Annual report of the Punjab Veterinary College and of the Civil Veterinary Department, Punjab - 1926-1932
Year: 1926
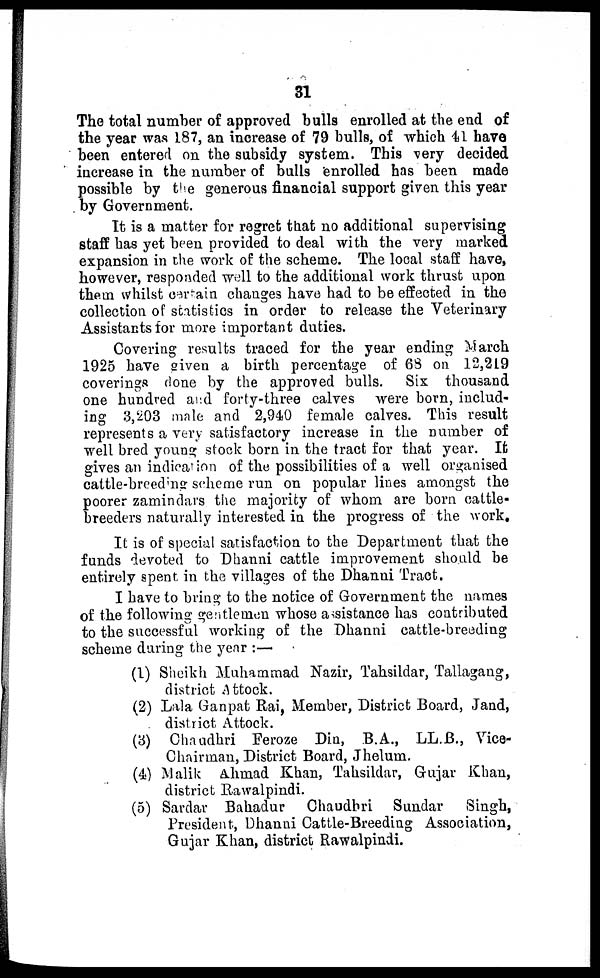
31
The total number of approved bulls enrolled at the end of
the year was 187, an increase of 79 bulls, of which 41 have
been entered on the subsidy system. This very decided
increase in the number of bulls enrolled has been made
possible by the generous financial support given this year
by Government.
It is a matter for regret that no additional supervising
staff has yet been provided to deal with the very marked
expansion in the work of the scheme. The local staff have,
however, responded well to the additional work thrust upon
them whilst certain changes have had to be effected in the
collection of statistics in order to release the Veterinary
Assistants for more important duties.
Covering results traced for the year ending March
1925 have given a birth percentage of 68 on 12,219
coverings done by the approved bulls. Six thousand
one hundred and forty-three calves were born, includ-
ing 3,203 male and 2,940 female calves. This result
represents a very satisfactory increase in the number of
well bred young stock born in the tract for that year. It
gives an indication of the possibilities of a well organised
cattle-breeding scheme run on popular lines amongst the
poorer zamindars the majority of whom are born cattle-
breeders naturally interested in the progress of the work.
It is of special satisfaction to the Department that the
funds devoted to Dhanni cattle improvement should be
entirely spent in the villages of the Dhanni Tract.
I have to bring to the notice of Government the names
of the following gentlemen whose assistance has contributed
to the successful working of the Dhanni cattle-breeding
scheme during the year:—
(1) Sheikh Muhammad Nazir, Tahsildar, Tallagang,
district Attock.
(2) Lala Ganpat Rai, Member, District Board, Jand,
district Attock.
(3) Chaudhri Feroze Din, B.A., LL.B., Vice-
chairman, District Board, Jhelum.
(4) Malik Ahmad Khan, Tahsildar, Gujar Khan,
district Rawalpindi.
(5) Sardar Bahadur
Chaudhri Sundar
Singh,
President, Dhanni Cattle-Breeding Association,
Gujar Khan, district Rawalpindi.